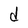
Character: d